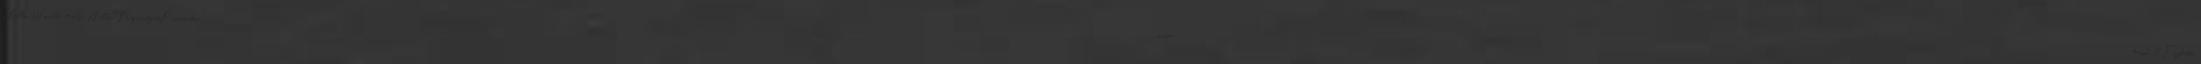
Hello World #else Hello, $request.getParameter "name" #end 9 Fejlett